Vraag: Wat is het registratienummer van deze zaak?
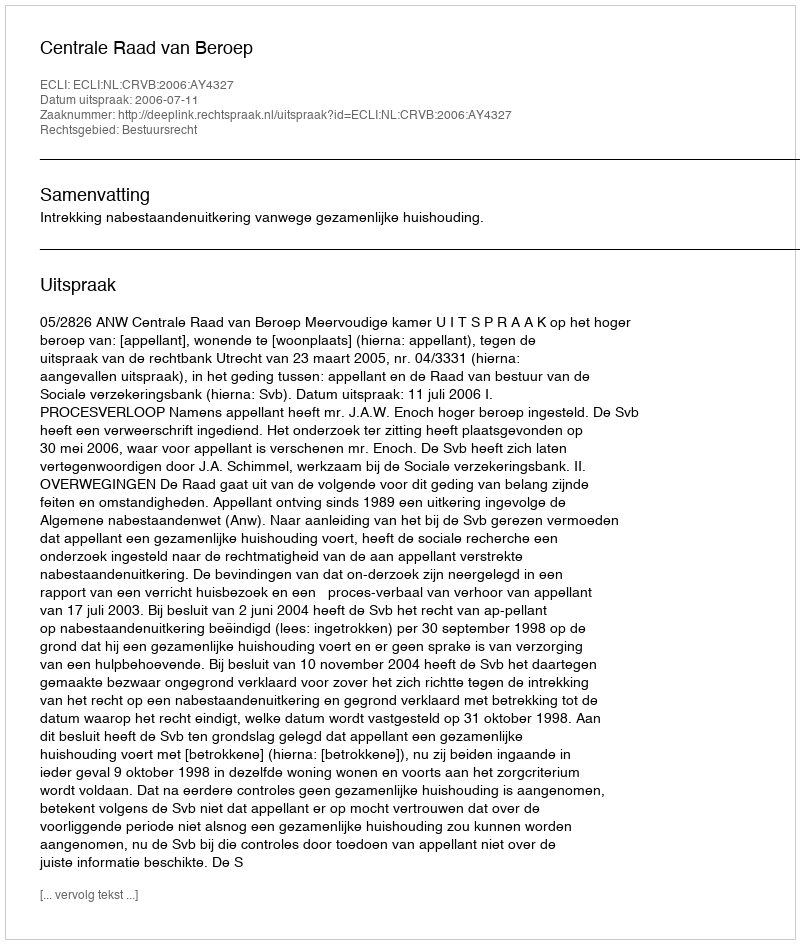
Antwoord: http://deeplink.rechtspraak.nl/uitspraak?id=ECLI:NL:CRVB:2006:AY4327